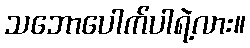
သဘောပေါက်ပါရဲ့လား။